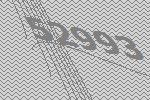
52993